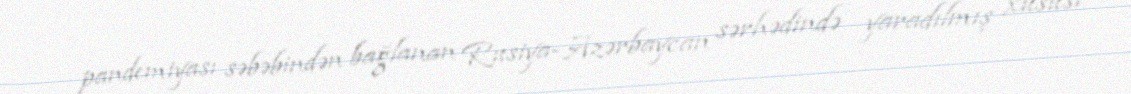
pandemiyası səbəbindən bağlanan Rusiya-Azərbaycan sərhədində yaradılmış xüsusi